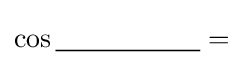
\cos {\underline {\;~~~~~~~~~~~~~~\;}}=